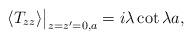
LaTeX: \begin{align*}\langle T_{zz}\rangle\big|_{z=z'=0,a}=i\lambda\cot\lambda a,\end{align*}